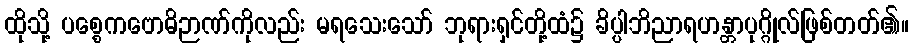
ထိုသို့ ပစ္စေကဗောဓိဉာဏ်ကိုလည်း မရသေးသော် ဘုရားရှင်တို့ထံ၌ ခိပ္ပါဘိညာရဟန္တာပုဂ္ဂိုလ်ဖြစ်တတ်၏။